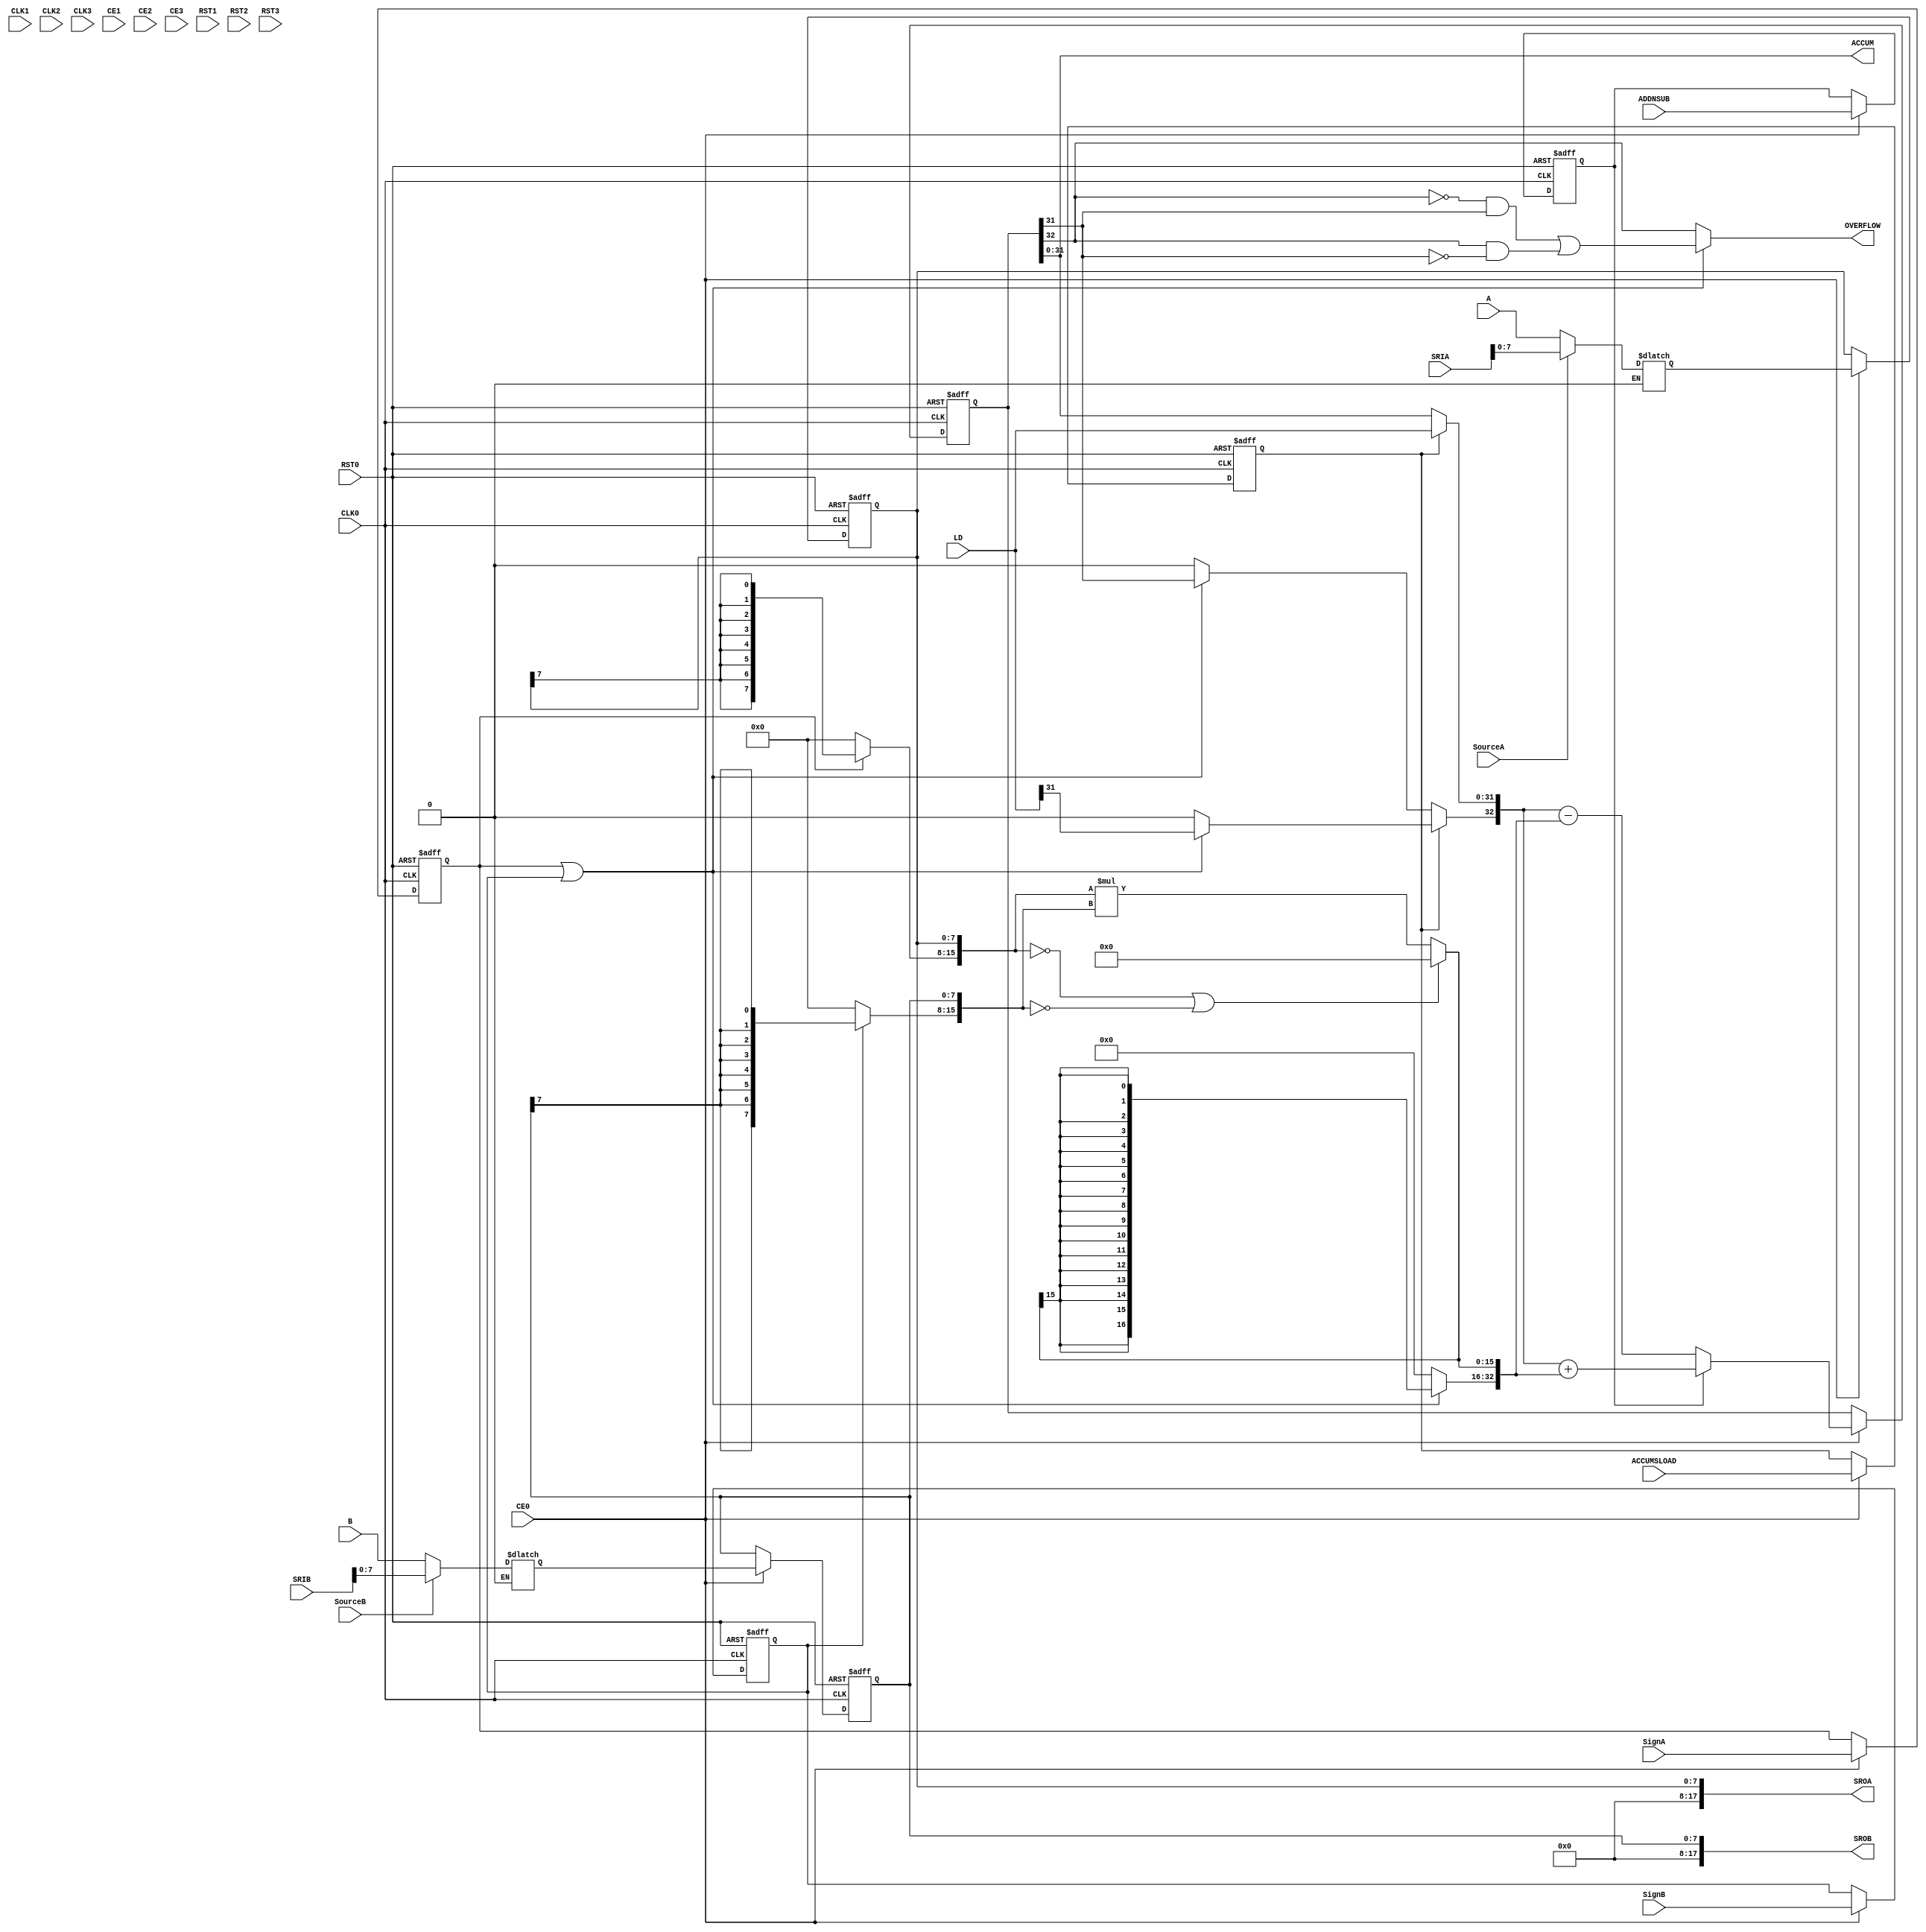
// --------------------------------------------------------------------
// >>>>>>>>>>>>>>>>>>>>>>>>> COPYRIGHT NOTICE <<<<<<<<<<<<<<<<<<<<<<<<<
// --------------------------------------------------------------------
// Copyright (c) 2005-2010 by Lattice Semiconductor Corporation
// --------------------------------------------------------------------
//
//
//                     Lattice Semiconductor Corporation
//                     5555 NE Moore Court
//                     Hillsboro, OR 97214
//                     U.S.A.
//
//                     TEL: 1-800-Lattice  (USA and Canada)
//                          1-408-826-6000 (other locations)
//
//                     web: http://www.latticesemi.com/
//
// --------------------------------------------------------------------
//
// Simulation Library File for DSP based Multiplier PMI
//
// Parameter Definition
//Name                               Value                             Default
/*
------------------------------------------------------------------------------
  pmi_dataa_width                   2 to 72                               8
  pmi_datab_width                   2 to 72                               8
  pmi_additional_pipeline           0 | 1                                 0
  pmi_input_reg                    "on"|"off"                           "on"
  pmi_family          "ECP"|"ECP2"|"ECP2M"|"XP2"|"ECP3"|"ECP4"          "ECP2"
  pmi_gsr                          "enable"|"disable"                 "enable"
  pmi_source_control_a             "parallel"|"shift"               "parallel"
  pmi_source_control_b             "parallel"|"shift"               "parallel"
  pmi_reg_inputa_clk               "CLK0"|"CLK1"|"CLK2"|"CLK3"          "CLK0"
  pmi_reg_inputa_ce                "CE0"|"CE1"|"CE2"|"CE3"               "CE0"
  pmi_reg_inputa_rst               "RST0"|"RST1"|"RST2"|"RST3"          "RST0"
  pmi_reg_inputb_clk               "CLK0"|"CLK1"|"CLK2"|"CLK3"          "CLK0"
  pmi_reg_inputb_ce                "CE0"|"CE1"|"CE2"|"CE3"               "CE0"
  pmi_reg_inputb_rst               "RST0"|"RST1"|"RST2"|"RST3"          "RST0"
  pmi_reg_pipeline_clk             "CLK0"|"CLK1"|"CLK2"|"CLK3"          "CLK0"
  pmi_reg_pipeline_ce              "CE0"|"CE1"|"CE2"|"CE3"               "CE0"
  pmi_reg_pipeline_rst             "RST0"|"RST1"|"RST2"|"RST3"          "RST0"
  pmi_reg_output_clk               "CLK0"|"CLK1"|"CLK2"|"CLK3"          "CLK0"
  pmi_reg_output_ce                "CE0"|"CE1"|"CE2"|"CE3"               "CE0"
  pmi_reg_output_rst               "RST0"|"RST1"|"RST2"|"RST3"          "RST0"
  pmi_reg_signeda_0_clk            "CLK0"|"CLK1"|"CLK2"|"CLK3"          "CLK0"
  pmi_reg_signeda_0_ce             "CE0"|"CE1"|"CE2"|"CE3"               "CE0"
  pmi_reg_signeda_0_rst            "RST0"|"RST1"|"RST2"|"RST3"          "RST0"
  pmi_reg_signeda_1_clk            "CLK0"|"CLK1"|"CLK2"|"CLK3"          "CLK0"
  pmi_reg_signeda_1_ce             "CE0"|"CE1"|"CE2"|"CE3"               "CE0"
  pmi_reg_signeda_1_rst            "RST0"|"RST1"|"RST2"|"RST3"          "RST0"
  pmi_reg_signedb_0_clk            "CLK0"|"CLK1"|"CLK2"|"CLK3"          "CLK0"
  pmi_reg_signedb_0_ce             "CE0"|"CE1"|"CE2"|"CE3"               "CE0"
  pmi_reg_signedb_0_rst            "RST0"|"RST1"|"RST2"|"RST3"          "RST0"
  pmi_reg_signedb_1_clk            "CLK0"|"CLK1"|"CLK2"|"CLK3"          "CLK0"
  pmi_reg_signedb_1_ce             "CE0"|"CE1"|"CE2"|"CE3"               "CE0"
  pmi_reg_signedb_1_rst            "RST0"|"RST1"|"RST2"|"RST3"          "RST0"
  pmi_reg_addnsub_0_clk            "CLK0"|"CLK1"|"CLK2"|"CLK3"          "CLK0"
  pmi_reg_addnsub_0_ce             "CE0"|"CE1"|"CE2"|"CE3"               "CE0"
  pmi_reg_addnsub_0_rst            "RST0"|"RST1"|"RST2"|"RST3"          "RST0"
  pmi_reg_addnsub_1_clk            "CLK0"|"CLK1"|"CLK2"|"CLK3"          "CLK0"
  pmi_reg_addnsub_1_ce             "CE0"|"CE1"|"CE2"|"CE3"               "CE0"
  pmi_reg_addnsub_1_rst            "RST0"|"RST1"|"RST2"|"RST3"          "RST0"
  pmi_reg_accumsload_0_clk         "CLK0"|"CLK1"|"CLK2"|"CLK3"          "CLK0"
  pmi_reg_accumsload_0_ce          "CE0"|"CE1"|"CE2"|"CE3"               "CE0"
  pmi_reg_accumsload_0_rst         "RST0"|"RST1"|"RST2"|"RST3"          "RST0"
  pmi_reg_accumsload_1_clk         "CLK0"|"CLK1"|"CLK2"|"CLK3"          "CLK0"
  pmi_reg_accumsload_1_ce          "CE0"|"CE1"|"CE2"|"CE3"               "CE0"
  pmi_reg_accumsload_1_rst         "RST0"|"RST1"|"RST2"|"RST3"          "RST0"
------------------------------------------------------------------------------
*/
// fpga\verilog\pkg\versclibs\data\pmi\pmi_dsp_mac.v 1.17 31-DEC-2010 08:44:13 IALMOHAN

`timescale  1 ns / 1 ps

module pmi_dsp_mac
 #(parameter pmi_dataa_width = 8,
   parameter pmi_datab_width = 8,
   parameter pmi_additional_pipeline = 0,
   parameter pmi_input_reg = "on",
   parameter pmi_family = "ECP2",
   parameter pmi_gsr = "enable",
   parameter pmi_source_control_a = "parallel",
   parameter pmi_source_control_b = "parallel",
   parameter pmi_reg_inputa_clk = "CLK0",
   parameter pmi_reg_inputa_ce = "CE0",
   parameter pmi_reg_inputa_rst = "RST0",
   parameter pmi_reg_inputb_clk = "CLK0",
   parameter pmi_reg_inputb_ce = "CE0",
   parameter pmi_reg_inputb_rst = "RST0",
   parameter pmi_reg_pipeline_clk = "CLK0",
   parameter pmi_reg_pipeline_ce = "CE0",
   parameter pmi_reg_pipeline_rst = "RST0",
   parameter pmi_reg_output_clk = "CLK0",
   parameter pmi_reg_output_ce = "CE0",
   parameter pmi_reg_output_rst = "RST0",
   parameter pmi_reg_signeda_0_clk = "CLK0",
   parameter pmi_reg_signeda_0_ce = "CE0",
   parameter pmi_reg_signeda_0_rst = "RST0",
   parameter pmi_reg_signeda_1_clk = "CLK0",
   parameter pmi_reg_signeda_1_ce = "CE0",
   parameter pmi_reg_signeda_1_rst = "RST0",
   parameter pmi_reg_signedb_0_clk = "CLK0",
   parameter pmi_reg_signedb_0_ce = "CE0",
   parameter pmi_reg_signedb_0_rst = "RST0",
   parameter pmi_reg_signedb_1_clk = "CLK0",
   parameter pmi_reg_signedb_1_ce = "CE0",
   parameter pmi_reg_signedb_1_rst = "RST0",
   parameter pmi_reg_addnsub_0_clk = "CLK0",
   parameter pmi_reg_addnsub_0_ce = "CE0",
   parameter pmi_reg_addnsub_0_rst = "RST0",
   parameter pmi_reg_addnsub_1_clk = "CLK0",
   parameter pmi_reg_addnsub_1_ce = "CE0",
   parameter pmi_reg_addnsub_1_rst = "RST0",
   parameter pmi_reg_accumsload_0_clk = "CLK0",
   parameter pmi_reg_accumsload_0_ce = "CE0",
   parameter pmi_reg_accumsload_0_rst = "RST0",
   parameter pmi_reg_accumsload_1_clk = "CLK0",
   parameter pmi_reg_accumsload_1_ce = "CE0",
   parameter pmi_reg_accumsload_1_rst = "RST0",
   parameter module_type = "pmi_dsp_mac")

  (input [(pmi_dataa_width-1):0]       A,
   input [(pmi_datab_width-1):0]       B,
   input [17:0]       SRIA,
   input [17:0]       SRIB,
   input CLK0,
   input CLK1,
   input CLK2,
   input CLK3,
   input CE0,
   input CE1,
   input CE2,
   input CE3,
   input RST0,
   input RST1,
   input RST2,
   input RST3,
   input SignA,
   input SignB,
   input SourceA,
   input SourceB,
   input ADDNSUB,
   input [((pmi_dataa_width + pmi_datab_width - 1) + 16):0] LD,
   input ACCUMSLOAD,
   output [((pmi_dataa_width + pmi_datab_width - 1) + 16):0] ACCUM,
   output OVERFLOW,
   output [17:0]  SROA,
   output [17:0]  SROB)/*synthesis syn_black_box*/;

//pragma translate_off
reg input_a_clk_sig, input_b_clk_sig;
reg pipeline_clk_sig, output_clk_sig;
reg reg_ctrl_clk_sig_a_0, reg_ctrl_clk_sig_b_0;
reg reg_ctrl_clk_sig_a_1, reg_ctrl_clk_sig_b_1;
reg input_a_ce_sig, input_b_ce_sig;
reg pipeline_ce_sig, output_ce_sig;
reg reg_ctrl_ce_sig_a_0, reg_ctrl_ce_sig_b_0;
reg reg_ctrl_ce_sig_a_1, reg_ctrl_ce_sig_b_1;
reg input_a_rst_sig, input_b_rst_sig;
reg pipeline_rst_sig, output_rst_sig;
reg reg_ctrl_rst_sig_a_0, reg_ctrl_rst_sig_b_0;
reg reg_ctrl_rst_sig_a_1, reg_ctrl_rst_sig_b_1;
reg reg_addnsub_0_clk_sig, reg_addnsub_1_clk_sig;
reg reg_addnsub_0_ce_sig, reg_addnsub_1_ce_sig;
reg reg_addnsub_0_rst_sig, reg_addnsub_1_rst_sig;
reg signeda_reg2, signedb_reg2;
reg addnsub_reg1, addnsub_p1, addnsub_reg2, addnsub_p2;
reg [(pmi_dataa_width-1):0] a_sig;
reg [(pmi_dataa_width-1):0] a_sig_reg;
reg [(pmi_dataa_width-1):0] a_sig_p;
reg [(pmi_datab_width-1):0] b_sig;
reg [(pmi_datab_width-1):0] b_sig_reg;
reg [(pmi_datab_width-1):0] b_sig_p;
reg signeda_reg1, signeda_p1, signeda_p2;
reg signedb_reg1, signedb_p1, signedb_p2;
reg [(pmi_dataa_width + pmi_datab_width - 1):0] a_sig_m;
reg [(pmi_dataa_width + pmi_datab_width - 1):0] b_sig_m;
wire [(pmi_dataa_width + pmi_datab_width - 1):0] p_sig_i;
reg [(pmi_dataa_width + pmi_datab_width - 1):0] p_sig_o;
reg [(pmi_dataa_width + pmi_datab_width - 1):0] p_sig_ps;
reg [(pmi_dataa_width + pmi_datab_width + 16):0] p_sig_ps_accum;
reg [(pmi_dataa_width + pmi_datab_width + 16):0] p_sig_ps_accum_2;
wire [(pmi_dataa_width + pmi_datab_width + 16):0] accum_sig;
reg [(pmi_dataa_width + pmi_datab_width + 16):0] accum_sig_l;
reg [(pmi_dataa_width + pmi_datab_width + 16):0] accum_reg;
reg reg_accumsload_0_clk_sig, reg_accumsload_1_clk_sig;
reg reg_accumsload_0_ce_sig, reg_accumsload_1_ce_sig;
reg reg_accumsload_0_rst_sig, reg_accumsload_1_rst_sig;
reg  accumsload_p1;
reg  accumsload_p2;
reg  accumsload_p3;
reg  accumsload_reg1;
reg  accumsload_reg2;
wire SignB_new, signedab_p2;
reg overflow_sig_1, OVERFLOW_sig;
reg overflow_sig_2;
wire OVERFLOW_ecp, OVERFLOW_ecp2;

    assign SignB_new = (pmi_family == "ECP") ? SignA : SignB;

    or INST13 (signedab_p2, signeda_p2, signedb_p2);

    always @(CLK0 or CLK1 or CLK2 or CLK3)
    begin
      if (pmi_reg_inputa_clk == "CLK0")
          input_a_clk_sig = CLK0;
      else if (pmi_reg_inputa_clk == "CLK1")
          input_a_clk_sig = CLK1;
      else if (pmi_reg_inputa_clk == "CLK2")
          input_a_clk_sig = CLK2;
      else if (pmi_reg_inputa_clk == "CLK3")
          input_a_clk_sig = CLK3;
    end

    always @(CLK0 or CLK1 or CLK2 or CLK3)
    begin
      if (pmi_reg_inputb_clk == "CLK0")
          input_b_clk_sig = CLK0;
      else if (pmi_reg_inputb_clk == "CLK1")
          input_b_clk_sig = CLK1;
      else if (pmi_reg_inputb_clk == "CLK2")
          input_b_clk_sig = CLK2;
      else if (pmi_reg_inputb_clk == "CLK3")
          input_b_clk_sig = CLK3;
    end

    always @(CLK0 or CLK1 or CLK2 or CLK3)
    begin
      if (pmi_reg_pipeline_clk == "CLK0")
          pipeline_clk_sig = CLK0;
      else if (pmi_reg_pipeline_clk == "CLK1")
          pipeline_clk_sig = CLK1;
      else if (pmi_reg_pipeline_clk == "CLK2")
          pipeline_clk_sig = CLK2;
      else if (pmi_reg_pipeline_clk == "CLK3")
          pipeline_clk_sig = CLK3;
    end

    always @(CLK0 or CLK1 or CLK2 or CLK3)
    begin
      if (pmi_reg_output_clk == "CLK0")
          output_clk_sig = CLK0;
      else if (pmi_reg_output_clk == "CLK1")
          output_clk_sig = CLK1;
      else if (pmi_reg_output_clk == "CLK2")
          output_clk_sig = CLK2;
      else if (pmi_reg_output_clk == "CLK3")
          output_clk_sig = CLK3;
    end

    always @(CLK0 or CLK1 or CLK2 or CLK3)
    begin
      if (pmi_reg_signeda_0_clk == "CLK0")
          reg_ctrl_clk_sig_a_0 = CLK0;
      else if (pmi_reg_signeda_0_clk == "CLK1")
          reg_ctrl_clk_sig_a_0 = CLK1;
      else if (pmi_reg_signeda_0_clk == "CLK2")
          reg_ctrl_clk_sig_a_0 = CLK2;
      else if (pmi_reg_signeda_0_clk == "CLK3")
          reg_ctrl_clk_sig_a_0 = CLK3;
    end

    always @(CLK0 or CLK1 or CLK2 or CLK3)
    begin
      if (pmi_reg_signeda_1_clk == "CLK0")
          reg_ctrl_clk_sig_a_1 = CLK0;
      else if (pmi_reg_signeda_1_clk == "CLK1")
          reg_ctrl_clk_sig_a_1 = CLK1;
      else if (pmi_reg_signeda_1_clk == "CLK2")
          reg_ctrl_clk_sig_a_1 = CLK2;
      else if (pmi_reg_signeda_1_clk == "CLK3")
          reg_ctrl_clk_sig_a_1 = CLK3;
    end

    always @(CLK0 or CLK1 or CLK2 or CLK3)
    begin
      if (pmi_reg_signedb_0_clk == "CLK0")
          reg_ctrl_clk_sig_b_0 = CLK0;
      else if (pmi_reg_signedb_0_clk == "CLK1")
          reg_ctrl_clk_sig_b_0 = CLK1;
      else if (pmi_reg_signedb_0_clk == "CLK2")
          reg_ctrl_clk_sig_b_0 = CLK2;
      else if (pmi_reg_signedb_0_clk == "CLK3")
          reg_ctrl_clk_sig_b_0 = CLK3;
    end

    always @(CLK0 or CLK1 or CLK2 or CLK3)
    begin
      if (pmi_reg_signedb_1_clk == "CLK0")
          reg_ctrl_clk_sig_b_1 = CLK0;
      else if (pmi_reg_signedb_1_clk == "CLK1")
          reg_ctrl_clk_sig_b_1 = CLK1;
      else if (pmi_reg_signedb_1_clk == "CLK2")
          reg_ctrl_clk_sig_b_1 = CLK2;
      else if (pmi_reg_signedb_1_clk == "CLK3")
          reg_ctrl_clk_sig_b_1 = CLK3;
    end

    always @(CE0 or CE1 or CE2 or CE3)
    begin
      if (pmi_reg_inputa_ce == "CE0")
          input_a_ce_sig = CE0;
      else if (pmi_reg_inputa_ce == "CE1")
          input_a_ce_sig = CE1;
      else if (pmi_reg_inputa_ce == "CE2")
          input_a_ce_sig = CE2;
      else if (pmi_reg_inputa_ce == "CE3")
          input_a_ce_sig = CE3;
    end

    always @(CE0 or CE1 or CE2 or CE3)
    begin
      if (pmi_reg_inputb_ce == "CE0")
          input_b_ce_sig = CE0;
      else if (pmi_reg_inputb_ce == "CE1")
          input_b_ce_sig = CE1;
      else if (pmi_reg_inputb_ce == "CE2")
          input_b_ce_sig = CE2;
      else if (pmi_reg_inputb_ce == "CE3")
          input_b_ce_sig = CE3;
    end

    always @(CE0 or CE1 or CE2 or CE3)
    begin
      if (pmi_reg_pipeline_ce == "CE0")
          pipeline_ce_sig = CE0;
      else if (pmi_reg_pipeline_ce == "CE1")
          pipeline_ce_sig = CE1;
      else if (pmi_reg_pipeline_ce == "CE2")
          pipeline_ce_sig = CE2;
      else if (pmi_reg_pipeline_ce == "CE3")
          pipeline_ce_sig = CE3;
    end

    always @(CE0 or CE1 or CE2 or CE3)
    begin
      if (pmi_reg_output_ce == "CE0")
          output_ce_sig = CE0;
      else if (pmi_reg_output_ce == "CE1")
          output_ce_sig = CE1;
      else if (pmi_reg_output_ce == "CE2")
          output_ce_sig = CE2;
      else if (pmi_reg_output_ce == "CE3")
          output_ce_sig = CE3;
    end

    always @(CE0 or CE1 or CE2 or CE3)
    begin
      if (pmi_reg_signeda_0_ce == "CE0")
          reg_ctrl_ce_sig_a_0 = CE0;
      else if (pmi_reg_signeda_0_ce == "CE1")
          reg_ctrl_ce_sig_a_0 = CE1;
      else if (pmi_reg_signeda_0_ce == "CE2")
          reg_ctrl_ce_sig_a_0 = CE2;
      else if (pmi_reg_signeda_0_ce == "CE3")
          reg_ctrl_ce_sig_a_0 = CE3;
    end

    always @(CE0 or CE1 or CE2 or CE3)
    begin
      if (pmi_reg_signeda_1_ce == "CE0")
          reg_ctrl_ce_sig_a_1 = CE0;
      else if (pmi_reg_signeda_1_ce == "CE1")
          reg_ctrl_ce_sig_a_1 = CE1;
      else if (pmi_reg_signeda_1_ce == "CE2")
          reg_ctrl_ce_sig_a_1 = CE2;
      else if (pmi_reg_signeda_1_ce == "CE3")
          reg_ctrl_ce_sig_a_1 = CE3;
    end

    always @(CE0 or CE1 or CE2 or CE3)
    begin
      if (pmi_reg_signedb_0_ce == "CE0")
          reg_ctrl_ce_sig_b_0 = CE0;
      else if (pmi_reg_signedb_0_ce == "CE1")
          reg_ctrl_ce_sig_b_0 = CE1;
      else if (pmi_reg_signedb_0_ce == "CE2")
          reg_ctrl_ce_sig_b_0 = CE2;
      else if (pmi_reg_signedb_0_ce == "CE3")
          reg_ctrl_ce_sig_b_0 = CE3;
    end

    always @(CE0 or CE1 or CE2 or CE3)
    begin
      if (pmi_reg_signedb_1_ce == "CE0")
          reg_ctrl_ce_sig_b_1 = CE0;
      else if (pmi_reg_signedb_1_ce == "CE1")
          reg_ctrl_ce_sig_b_1 = CE1;
      else if (pmi_reg_signedb_1_ce == "CE2")
          reg_ctrl_ce_sig_b_1 = CE2;
      else if (pmi_reg_signedb_1_ce == "CE3")
          reg_ctrl_ce_sig_b_1 = CE3;
    end

    always @(RST0 or RST1 or RST2 or RST3)
    begin
      if (pmi_reg_inputa_rst == "RST0")
          input_a_rst_sig = RST0;
      else if (pmi_reg_inputa_rst == "RST1")
          input_a_rst_sig = RST1;
      else if (pmi_reg_inputa_rst == "RST2")
          input_a_rst_sig = RST2;
      else if (pmi_reg_inputa_rst == "RST3")
          input_a_rst_sig = RST3;
    end

    always @(RST0 or RST1 or RST2 or RST3)
    begin
      if (pmi_reg_inputb_rst == "RST0")
          input_b_rst_sig = RST0;
      else if (pmi_reg_inputb_rst == "RST1")
          input_b_rst_sig = RST1;
      else if (pmi_reg_inputb_rst == "RST2")
          input_b_rst_sig = RST2;
      else if (pmi_reg_inputb_rst == "RST3")
          input_b_rst_sig = RST3;
    end

    always @(RST0 or RST1 or RST2 or RST3)
    begin
      if (pmi_reg_pipeline_rst == "RST0")
          pipeline_rst_sig = RST0;
      else if (pmi_reg_pipeline_rst == "RST1")
          pipeline_rst_sig = RST1;
      else if (pmi_reg_pipeline_rst == "RST2")
          pipeline_rst_sig = RST2;
      else if (pmi_reg_pipeline_rst == "RST3")
          pipeline_rst_sig = RST3;
    end

    always @(RST0 or RST1 or RST2 or RST3)
    begin
      if (pmi_reg_output_rst == "RST0")
          output_rst_sig = RST0;
      else if (pmi_reg_output_rst == "RST1")
          output_rst_sig = RST1;
      else if (pmi_reg_output_rst == "RST2")
          output_rst_sig = RST2;
      else if (pmi_reg_output_rst == "RST3")
          output_rst_sig = RST3;
    end

    always @(RST0 or RST1 or RST2 or RST3)
    begin
      if (pmi_reg_signeda_0_rst == "RST0")
          reg_ctrl_rst_sig_a_0 = RST0;
      else if (pmi_reg_signeda_0_rst == "RST1")
          reg_ctrl_rst_sig_a_0 = RST1;
      else if (pmi_reg_signeda_0_rst == "RST2")
          reg_ctrl_rst_sig_a_0 = RST2;
      else if (pmi_reg_signeda_0_rst == "RST3")
          reg_ctrl_rst_sig_a_0 = RST3;
    end

    always @(RST0 or RST1 or RST2 or RST3)
    begin
      if (pmi_reg_signeda_1_rst == "RST0")
          reg_ctrl_rst_sig_a_1 = RST0;
      else if (pmi_reg_signeda_1_rst == "RST1")
          reg_ctrl_rst_sig_a_1 = RST1;
      else if (pmi_reg_signeda_1_rst == "RST2")
          reg_ctrl_rst_sig_a_1 = RST2;
      else if (pmi_reg_signeda_1_rst == "RST3")
          reg_ctrl_rst_sig_a_1 = RST3;
    end

    always @(RST0 or RST1 or RST2 or RST3)
    begin
      if (pmi_reg_signedb_0_rst == "RST0")
          reg_ctrl_rst_sig_b_0 = RST0;
      else if (pmi_reg_signedb_0_rst == "RST1")
          reg_ctrl_rst_sig_b_0 = RST1;
      else if (pmi_reg_signedb_0_rst == "RST2")
          reg_ctrl_rst_sig_b_0 = RST2;
      else if (pmi_reg_signedb_0_rst == "RST3")
          reg_ctrl_rst_sig_b_0 = RST3;
    end

    always @(RST0 or RST1 or RST2 or RST3)
    begin
      if (pmi_reg_signedb_1_rst == "RST0")
          reg_ctrl_rst_sig_b_1 = RST0;
      else if (pmi_reg_signedb_1_rst == "RST1")
          reg_ctrl_rst_sig_b_1 = RST1;
      else if (pmi_reg_signedb_1_rst == "RST2")
          reg_ctrl_rst_sig_b_1 = RST2;
      else if (pmi_reg_signedb_1_rst == "RST3")
          reg_ctrl_rst_sig_b_1 = RST3;
    end

    always @(CLK0 or CLK1 or CLK2 or CLK3)
    begin
      if (pmi_reg_addnsub_0_clk == "CLK0")
          reg_addnsub_0_clk_sig = CLK0;
      else if (pmi_reg_addnsub_0_clk == "CLK1")
          reg_addnsub_0_clk_sig = CLK1;
      else if (pmi_reg_addnsub_0_clk == "CLK2")
          reg_addnsub_0_clk_sig = CLK2;
      else if (pmi_reg_addnsub_0_clk == "CLK3")
          reg_addnsub_0_clk_sig = CLK3;
    end

    always @(CLK0 or CLK1 or CLK2 or CLK3)
    begin
      if (pmi_reg_addnsub_1_clk == "CLK0")
          reg_addnsub_1_clk_sig = CLK0;
      else if (pmi_reg_addnsub_1_clk == "CLK1")
          reg_addnsub_1_clk_sig = CLK1;
      else if (pmi_reg_addnsub_1_clk == "CLK2")
          reg_addnsub_1_clk_sig = CLK2;
      else if (pmi_reg_addnsub_1_clk == "CLK3")
          reg_addnsub_1_clk_sig = CLK3;
    end

    always @(CE0 or CE1 or CE2 or CE3)
    begin
      if (pmi_reg_addnsub_0_ce == "CE0")
          reg_addnsub_0_ce_sig = CE0;
      else if (pmi_reg_addnsub_0_ce == "CE1")
          reg_addnsub_0_ce_sig = CE1;
      else if (pmi_reg_addnsub_0_ce == "CE2")
          reg_addnsub_0_ce_sig = CE2;
      else if (pmi_reg_addnsub_0_ce == "CE3")
          reg_addnsub_0_ce_sig = CE3;
    end

    always @(CE0 or CE1 or CE2 or CE3)
    begin
      if (pmi_reg_addnsub_1_ce == "CE0")
          reg_addnsub_1_ce_sig = CE0;
      else if (pmi_reg_addnsub_1_ce == "CE1")
          reg_addnsub_1_ce_sig = CE1;
      else if (pmi_reg_addnsub_1_ce == "CE2")
          reg_addnsub_1_ce_sig = CE2;
      else if (pmi_reg_addnsub_1_ce == "CE3")
          reg_addnsub_1_ce_sig = CE3;
    end

    always @(RST0 or RST1 or RST2 or RST3)
    begin
      if (pmi_reg_addnsub_0_rst == "RST0")
          reg_addnsub_0_rst_sig = RST0;
      else if (pmi_reg_addnsub_0_rst == "RST1")
          reg_addnsub_0_rst_sig = RST1;
      else if (pmi_reg_addnsub_0_rst == "RST2")
          reg_addnsub_0_rst_sig = RST2;
      else if (pmi_reg_addnsub_0_rst == "RST3")
          reg_addnsub_0_rst_sig = RST3;
    end

    always @(RST0 or RST1 or RST2 or RST3)
    begin
      if (pmi_reg_addnsub_1_rst == "RST0")
          reg_addnsub_1_rst_sig = RST0;
      else if (pmi_reg_addnsub_1_rst == "RST1")
          reg_addnsub_1_rst_sig = RST1;
      else if (pmi_reg_addnsub_1_rst == "RST2")
          reg_addnsub_1_rst_sig = RST2;
      else if (pmi_reg_addnsub_1_rst == "RST3")
          reg_addnsub_1_rst_sig = RST3;
    end

    always @(CLK0 or CLK1 or CLK2 or CLK3)
    begin
      if (pmi_reg_accumsload_0_clk == "CLK0")
          reg_accumsload_0_clk_sig = CLK0;
      else if (pmi_reg_accumsload_0_clk == "CLK1")
          reg_accumsload_0_clk_sig = CLK1;
      else if (pmi_reg_accumsload_0_clk == "CLK2")
          reg_accumsload_0_clk_sig = CLK2;
      else if (pmi_reg_accumsload_0_clk == "CLK3")
          reg_accumsload_0_clk_sig = CLK3;
    end

    always @(CLK0 or CLK1 or CLK2 or CLK3)
    begin
      if (pmi_reg_accumsload_1_clk == "CLK0")
          reg_accumsload_1_clk_sig = CLK0;
      else if (pmi_reg_accumsload_1_clk == "CLK1")
          reg_accumsload_1_clk_sig = CLK1;
      else if (pmi_reg_accumsload_1_clk == "CLK2")
          reg_accumsload_1_clk_sig = CLK2;
      else if (pmi_reg_accumsload_1_clk == "CLK3")
          reg_accumsload_1_clk_sig = CLK3;
    end

    always @(CE0 or CE1 or CE2 or CE3)
    begin
      if (pmi_reg_accumsload_0_ce == "CE0")
          reg_accumsload_0_ce_sig = CE0;
      else if (pmi_reg_accumsload_0_ce == "CE1")
          reg_accumsload_0_ce_sig = CE1;
      else if (pmi_reg_accumsload_0_ce == "CE2")
          reg_accumsload_0_ce_sig = CE2;
      else if (pmi_reg_accumsload_0_ce == "CE3")
          reg_accumsload_0_ce_sig = CE3;
    end

    always @(CE0 or CE1 or CE2 or CE3)
    begin
      if (pmi_reg_accumsload_1_ce == "CE0")
          reg_accumsload_1_ce_sig = CE0;
      else if (pmi_reg_accumsload_1_ce == "CE1")
          reg_accumsload_1_ce_sig = CE1;
      else if (pmi_reg_accumsload_1_ce == "CE2")
          reg_accumsload_1_ce_sig = CE2;
      else if (pmi_reg_accumsload_1_ce == "CE3")
          reg_accumsload_1_ce_sig = CE3;
    end

    always @(RST0 or RST1 or RST2 or RST3)
    begin
      if (pmi_reg_accumsload_0_rst == "RST0")
          reg_accumsload_0_rst_sig = RST0;
      else if (pmi_reg_accumsload_0_rst == "RST1")
          reg_accumsload_0_rst_sig = RST1;
      else if (pmi_reg_accumsload_0_rst == "RST2")
          reg_accumsload_0_rst_sig = RST2;
      else if (pmi_reg_accumsload_0_rst == "RST3")
          reg_accumsload_0_rst_sig = RST3;
    end

    always @(RST0 or RST1 or RST2 or RST3)
    begin
      if (pmi_reg_accumsload_1_rst == "RST0")
          reg_accumsload_1_rst_sig = RST0;
      else if (pmi_reg_accumsload_1_rst == "RST1")
          reg_accumsload_1_rst_sig = RST1;
      else if (pmi_reg_accumsload_1_rst == "RST2")
          reg_accumsload_1_rst_sig = RST2;
      else if (pmi_reg_accumsload_1_rst == "RST3")
          reg_accumsload_1_rst_sig = RST3;
    end

    always @(A or SRIA or SourceA)
    begin
      if (pmi_family == "ECP")
      begin
         if (pmi_source_control_a == "shift")
            a_sig = SRIA;
         else
            a_sig = A;
      end
      else
      begin
         if (SourceA == 1'b1)
             a_sig = SRIA;
         else if (SourceA == 1'b0)
             a_sig = A;
      end
    end

    always @(B or SRIB or SourceB)
    begin
      if (pmi_family == "ECP")
      begin
         if (pmi_source_control_b == "shift")
            b_sig = SRIB;
         else
            b_sig = B;
      end
      else
      begin
         if (SourceB == 1'b1)
             b_sig = SRIB;
         else if (SourceB == 1'b0)
             b_sig = B;
      end
    end

    always @(posedge input_a_clk_sig or posedge input_a_rst_sig)
    begin
      if (input_a_rst_sig == 1'b1)
        begin
          a_sig_reg = 0;
        end
      else if (input_a_ce_sig == 1'b1)
        begin
          a_sig_reg = a_sig;
        end
    end

    always @(a_sig or a_sig_reg)
    begin
      if (pmi_input_reg == "off")
          a_sig_p = a_sig;
      else
          a_sig_p = a_sig_reg;
    end

    always @(posedge input_b_clk_sig or posedge input_b_rst_sig)
    begin
      if (input_b_rst_sig == 1'b1)
        begin
          b_sig_reg = 0;
        end
      else if (input_b_ce_sig == 1'b1)
        begin
          b_sig_reg = b_sig;
        end
    end

    always @(b_sig or b_sig_reg)
    begin
      if (pmi_input_reg == "off")
          b_sig_p = b_sig;
      else
          b_sig_p = b_sig_reg;
    end

    always @(posedge reg_ctrl_clk_sig_a_0 or posedge reg_ctrl_rst_sig_a_0)
    begin
      if (reg_ctrl_rst_sig_a_0 == 1'b1)
        begin
          signeda_reg1 <= 0;
        end
      else if (reg_ctrl_ce_sig_a_0 == 1'b1)
        begin
          signeda_reg1 <= SignA;
        end
    end

    always @(SignA or signeda_reg1)
    begin
      if (pmi_input_reg == "off")
          signeda_p1 = SignA;
      else
          signeda_p1 = signeda_reg1;
    end

    always @(posedge reg_ctrl_clk_sig_b_0 or posedge reg_ctrl_rst_sig_b_0)
    begin
      if (reg_ctrl_rst_sig_b_0 == 1'b1)
        begin
          signedb_reg1 <= 0;
        end
      else if (reg_ctrl_ce_sig_b_0 == 1'b1)
        begin
          signedb_reg1 <= SignB_new;
        end
    end

    always @(SignB_new or signedb_reg1)
    begin
      if (pmi_input_reg == "off")
          signedb_p1 = SignB_new;
      else
          signedb_p1 = signedb_reg1;
    end

    always @(posedge reg_ctrl_clk_sig_a_1 or posedge reg_ctrl_rst_sig_a_1)
    begin
      if (reg_ctrl_rst_sig_a_1 == 1'b1)
        begin
          signeda_reg2 <= 0;
        end
      else if (reg_ctrl_ce_sig_a_1 == 1'b1)
        begin
          signeda_reg2 <= signeda_p1;
        end
    end

    always @(signeda_p1 or signeda_reg2)
    begin
      if (pmi_additional_pipeline == 0)
          signeda_p2 = signeda_p1;
      else
          signeda_p2 = signeda_reg2;
    end

    always @(posedge reg_ctrl_clk_sig_b_1 or posedge reg_ctrl_rst_sig_b_1)
    begin
      if (reg_ctrl_rst_sig_b_1 == 1'b1)
        begin
          signedb_reg2 <= 0;
        end
      else if (reg_ctrl_ce_sig_b_1 == 1'b1)
        begin
          signedb_reg2 <= signedb_p1;
        end
    end

    always @(signedb_p1 or signedb_reg2)
    begin
      if (pmi_additional_pipeline == 0)
          signedb_p2 = signedb_p1;
      else
          signedb_p2 = signedb_reg2;
    end

    always @(posedge reg_addnsub_0_clk_sig or posedge reg_addnsub_0_rst_sig)
    begin
      if (reg_addnsub_0_rst_sig == 1'b1)
        addnsub_reg1 <= 0;
      else if (reg_addnsub_0_ce_sig == 1'b1)
        addnsub_reg1 <= ADDNSUB;
    end

    always @(ADDNSUB or addnsub_reg1)
    begin
      if (pmi_input_reg == "off")
        addnsub_p1 <= ADDNSUB;
      else
        addnsub_p1 <= addnsub_reg1;
    end

    always @(posedge reg_addnsub_1_clk_sig or posedge reg_addnsub_1_rst_sig)
    begin
      if (reg_addnsub_1_rst_sig == 1'b1)
        addnsub_reg2 <= 0;
      else if (reg_addnsub_1_ce_sig == 1'b1)
        addnsub_reg2 <= addnsub_p1;
    end

    always @(addnsub_p1 or addnsub_reg2)
    begin
      if (pmi_additional_pipeline == 0)
        addnsub_p2 <= addnsub_p1;
      else
        addnsub_p2 <= addnsub_reg2;
    end

    always @(posedge reg_accumsload_0_clk_sig or posedge reg_accumsload_0_rst_sig)
    begin
      if (reg_accumsload_0_rst_sig == 1'b1)
        begin
          accumsload_reg1 <= 0;
        end
      else if (reg_accumsload_0_ce_sig == 1'b1)
        begin
          accumsload_reg1 <= ACCUMSLOAD;
        end
    end

    always @(ACCUMSLOAD or accumsload_reg1)
    begin
      if (pmi_input_reg == "off")
        accumsload_p1 <= ACCUMSLOAD;
      else
        accumsload_p1 <= accumsload_reg1;
    end

    always @(posedge reg_accumsload_1_clk_sig or posedge reg_accumsload_1_rst_sig)
    begin
      if (reg_accumsload_1_rst_sig == 1'b1)
        begin
          accumsload_reg2 <= 0;
        end
      else if (reg_accumsload_1_ce_sig == 1'b1)
        begin
          accumsload_reg2 <= accumsload_p1;
        end
    end

    always @(accumsload_p1 or accumsload_reg2)
    begin
      if (pmi_additional_pipeline == 0)
        accumsload_p2 <= accumsload_p1;
      else
        accumsload_p2 <= accumsload_reg2;
    end

    always @(a_sig_p or signeda_p1)
    begin
      if (signeda_p1 == 1'b1)
        begin
          a_sig_m = {{(pmi_datab_width){a_sig_p[(pmi_dataa_width - 1)]}} , a_sig_p};
        end
      else
        begin
          a_sig_m[(pmi_dataa_width - 1):0] =  a_sig_p[(pmi_dataa_width - 1):0];
          a_sig_m[(pmi_dataa_width + pmi_datab_width - 1):pmi_dataa_width] = 0;
        end
    end

    always @(b_sig_p or signedb_p1)
    begin
      if (signedb_p1 == 1'b1)
        begin
          b_sig_m = {{(pmi_dataa_width){b_sig_p[(pmi_datab_width - 1)]}} , b_sig_p};
        end
      else
        begin
          b_sig_m[(pmi_datab_width - 1):0] =  b_sig_p[(pmi_datab_width - 1):0];
          b_sig_m[(pmi_dataa_width + pmi_datab_width - 1):pmi_datab_width] = 0;
        end
    end

    always @(p_sig_ps or signeda_p2 or signedb_p2)
    begin
      if ((signeda_p2 || signedb_p2) == 1'b1)
        begin
          p_sig_ps_accum[(pmi_dataa_width + pmi_datab_width - 1):0] = p_sig_ps[(pmi_dataa_width + pmi_datab_width - 1):0];
          p_sig_ps_accum[(pmi_dataa_width + pmi_datab_width + 16):(pmi_dataa_width + pmi_datab_width)] =
                          { p_sig_ps[(pmi_dataa_width + pmi_datab_width - 1)],
                            p_sig_ps[(pmi_dataa_width + pmi_datab_width - 1)],
                            p_sig_ps[(pmi_dataa_width + pmi_datab_width - 1)],
                            p_sig_ps[(pmi_dataa_width + pmi_datab_width - 1)],
                            p_sig_ps[(pmi_dataa_width + pmi_datab_width - 1)],
                            p_sig_ps[(pmi_dataa_width + pmi_datab_width - 1)],
                            p_sig_ps[(pmi_dataa_width + pmi_datab_width - 1)],
                            p_sig_ps[(pmi_dataa_width + pmi_datab_width - 1)],
                            p_sig_ps[(pmi_dataa_width + pmi_datab_width - 1)],
                            p_sig_ps[(pmi_dataa_width + pmi_datab_width - 1)],
                            p_sig_ps[(pmi_dataa_width + pmi_datab_width - 1)],
                            p_sig_ps[(pmi_dataa_width + pmi_datab_width - 1)],
                            p_sig_ps[(pmi_dataa_width + pmi_datab_width - 1)],
                            p_sig_ps[(pmi_dataa_width + pmi_datab_width - 1)],
                            p_sig_ps[(pmi_dataa_width + pmi_datab_width - 1)],
                            p_sig_ps[(pmi_dataa_width + pmi_datab_width - 1)],
                            p_sig_ps[(pmi_dataa_width + pmi_datab_width - 1)]};
        end
      else
        begin
          p_sig_ps_accum[(pmi_dataa_width + pmi_datab_width - 1):0] =  p_sig_ps[(pmi_dataa_width + pmi_datab_width - 1):0];
          p_sig_ps_accum[(pmi_dataa_width + pmi_datab_width + 16):(pmi_dataa_width + pmi_datab_width)] = 0;
        end
    end

    assign p_sig_i = (!a_sig_m || !b_sig_m)? 0 : a_sig_m * b_sig_m ;

    always @(posedge pipeline_clk_sig or posedge pipeline_rst_sig)
    begin
      if (pipeline_rst_sig == 1'b1)
          p_sig_o <= 0;
      else if (pipeline_ce_sig == 1'b1)
          p_sig_o <= p_sig_i;
    end

    always @(p_sig_i or p_sig_o)
    begin
      if (pmi_additional_pipeline == 0)
          p_sig_ps = p_sig_i;
      else
          p_sig_ps = p_sig_o;
    end

    always @(posedge output_clk_sig or posedge output_rst_sig)
    begin
      if (output_rst_sig == 1'b1)
          accum_reg <= 0;
      else if (output_ce_sig == 1'b1)
          accum_reg <= accum_sig;
    end

    always @(accumsload_p2 or LD or accum_reg)
    begin
      if (accumsload_p2 == 1'b1)
      begin
         if (pmi_family == "ECP")
         begin
            accum_sig_l[((pmi_dataa_width + pmi_datab_width) + 16):0] = 0;
         end
         else
         begin
            accum_sig_l[((pmi_dataa_width + pmi_datab_width - 1) + 16):0] = LD;
            if ((signeda_p2 || signedb_p2) == 1'b1)
               accum_sig_l[((pmi_dataa_width + pmi_datab_width) + 16)] = LD[((pmi_dataa_width + pmi_datab_width - 1) + 16)];
            else
               accum_sig_l[((pmi_dataa_width + pmi_datab_width) + 16)] = 1'b0;
         end
      end
      else
      begin
         accum_sig_l[((pmi_dataa_width + pmi_datab_width - 1) + 16):0] = accum_reg[((pmi_dataa_width + pmi_datab_width - 1) + 16):0];
         if ((signeda_p2 || signedb_p2) == 1'b1)
            accum_sig_l[((pmi_dataa_width + pmi_datab_width) + 16)] = accum_reg[((pmi_dataa_width + pmi_datab_width - 1) + 16)];
         else
            accum_sig_l[((pmi_dataa_width + pmi_datab_width) + 16)] = 1'b0;
      end
    end

    assign accum_sig = addnsub_p2 ? (accum_sig_l + p_sig_ps_accum) : (accum_sig_l - p_sig_ps_accum);

    always @(posedge output_clk_sig or posedge output_rst_sig)
    begin
      if (output_rst_sig == 1'b1)
          overflow_sig_1 <= 0;
      else if (output_ce_sig == 1'b1)
          overflow_sig_1 <= accum_reg[((pmi_dataa_width + pmi_datab_width) + 16)];
    end

    always @(posedge output_clk_sig or posedge output_rst_sig)
    begin
      if (output_rst_sig == 1'b1)
      begin
          overflow_sig_2 <= 1'b0;
          p_sig_ps_accum_2 <= 0;
          accumsload_p3 <= 0;
      end
      else if (output_ce_sig == 1'b1)
      begin
          overflow_sig_2 <= (!accum_reg[((pmi_dataa_width + pmi_datab_width) + 16)] && accum_reg[((pmi_dataa_width + pmi_datab_width - 1) + 16)] || accum_reg[((pmi_dataa_width + pmi_datab_width) + 16)] && !accum_reg[((pmi_dataa_width + pmi_datab_width -1) + 16)]);
          p_sig_ps_accum_2 <= p_sig_ps_accum;
          accumsload_p3 <= accumsload_p2;
      end
    end

    assign OVERFLOW_ecp = accumsload_p3 ?
                         (!addnsub_p2 && !signedab_p2) ? ((p_sig_ps_accum_2 == 0) ? 1'b0: 1'b1) :
                         (!addnsub_p2 && signedab_p2)  ? 1'b0:
                         (addnsub_p2  && !signedab_p2) ? 1'b0:
                         (addnsub_p2  &&  signedab_p2) ? 1'b0: p_sig_ps_accum_2[((pmi_dataa_width + pmi_datab_width) + 16)] :
                         signedab_p2 ? (!overflow_sig_2 && (!accum_reg[((pmi_dataa_width + pmi_datab_width) + 16)] && accum_reg[((pmi_dataa_width + pmi_datab_width) + 16 -1)] || accum_reg[((pmi_dataa_width + pmi_datab_width) + 16)] && !accum_reg[((pmi_dataa_width + pmi_datab_width) + 16 -1)])): (accum_reg[((pmi_dataa_width + pmi_datab_width) + 16)] && !overflow_sig_1);

    assign OVERFLOW_ecp2 = (signeda_p2 || signedb_p2) ? ((!accum_reg[(pmi_dataa_width + pmi_datab_width + 16)] && accum_reg[(pmi_dataa_width + pmi_datab_width + 15)]) || accum_reg[(pmi_dataa_width + pmi_datab_width + 16)] && !accum_reg[(pmi_dataa_width + pmi_datab_width + 15)]): (accum_reg[(pmi_dataa_width + pmi_datab_width + 16)]);

    assign SROA = a_sig_p;
    assign SROB = b_sig_p;
    assign ACCUM = accum_reg;
    assign OVERFLOW = OVERFLOW_sig;

    always @(OVERFLOW_ecp or OVERFLOW_ecp2)
    begin
       if (pmi_family == "ECP")
          OVERFLOW_sig = OVERFLOW_ecp;
       else
          OVERFLOW_sig = OVERFLOW_ecp2;
    end
//pragma translate_on

endmodule